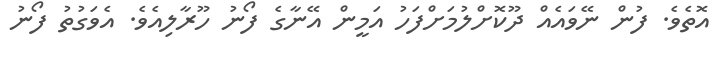
އޮތެވެ. ފުން ނޭވައެއް ދޫކޮށްލުމަށްފަހު އަމީން އޭނާގެ ފޯނު ހޫރާލިއެވެ. އެވަގުތު ފޯނު